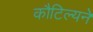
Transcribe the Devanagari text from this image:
कौटिल्‍यने